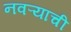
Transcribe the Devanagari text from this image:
नवऱ्याची